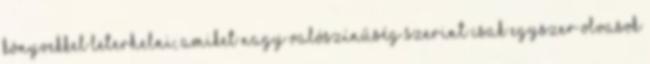
könyvekkel leterhelni, amiket nagy valószínűség szerint csak egyszer olvasok